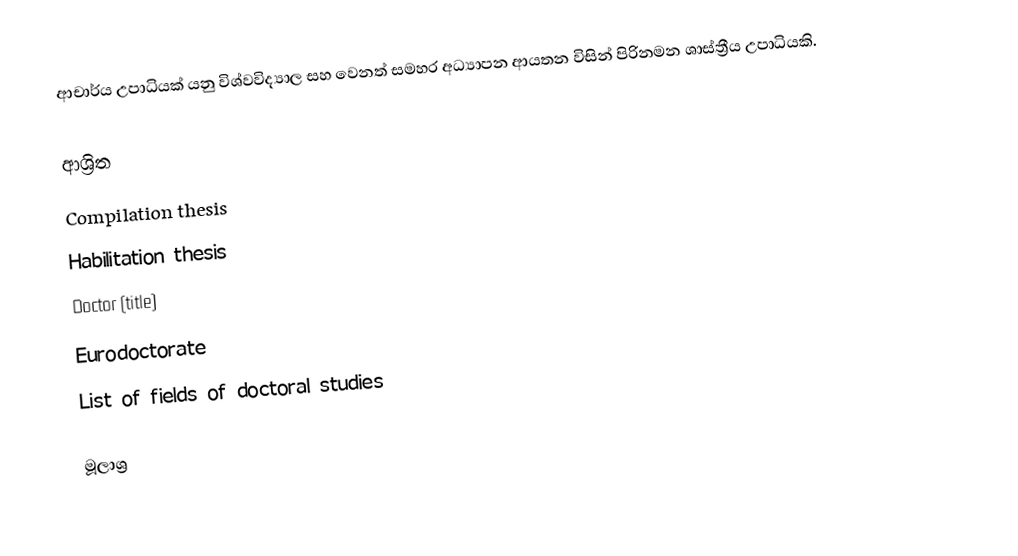
ආචාර්ය උපාධියක් යනු විශ්වවිද්‍යාල සහ වෙනත් සමහර අධ්‍යාපන ආයතන විසින් පිරිනමන ශාස්ත්‍රීය උපාධියකි.

ආශ්‍රිත
 Compilation thesis
 Habilitation thesis
 Doctor (title)
 Eurodoctorate
 List of fields of doctoral studies

මූලාශ්‍ර